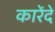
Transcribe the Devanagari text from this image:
कारेंदे